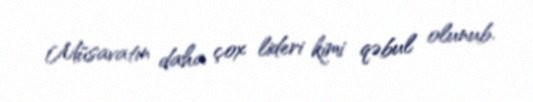
Müsavatın daha çox lideri kimi qəbul olunub.